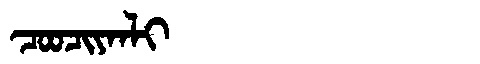
Manchu: ᠴᠣᠣᠴᡳᠶᠠᠨᠯᡳ
Romanization: COOCIYANLI